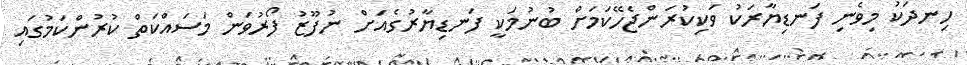
ހިނދަކު މިވެނި ފަނޑިޔާރަކު ވަކިކުރަންޖެހޭކަމަށް ބުނުމަކީ ފަނޑިޔާރުގެއަށް ނުފޫޒު ފޯރުވަން މަސައްކަތް ކުރުންކަމުގައި